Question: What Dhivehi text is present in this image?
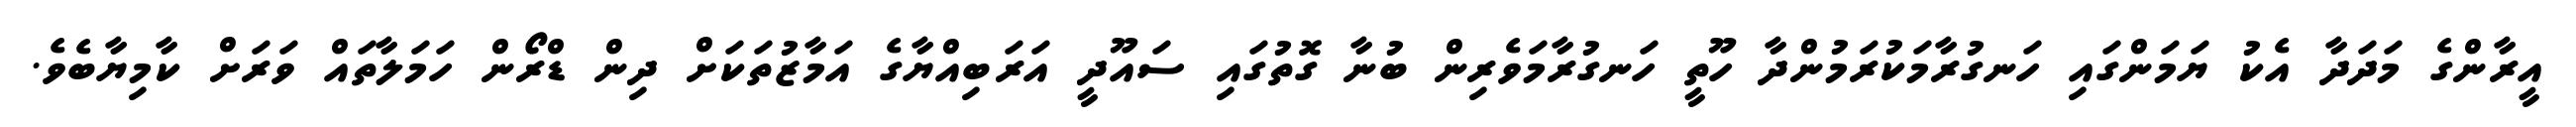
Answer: އީރާންގެ މަދަދާ އެކު ޔަމަންގައި ހަނގުރާމަކުރަމުންދާ ހޫތީ ހަނގުރާމަވެރިން ބުނާ ގޮތުގައި ސައޫދީ އަރަބިއްޔާގެ އަމާޒުތަކަށް ދިން ޑްރޯން ހަމަލާތައް ވަރަށް ކާމިޔާބެވެ.